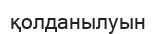
қолданылуын